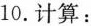
10.计算: